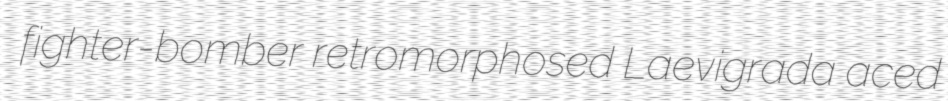
fighter-bomber retromorphosed Laevigrada aced